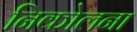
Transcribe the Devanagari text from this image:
निकोलना